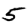
Digit: 5